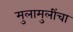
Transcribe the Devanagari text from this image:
मुलामुलींचा